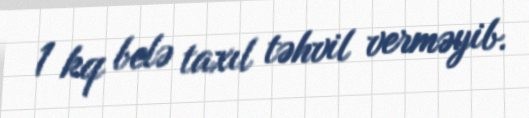
1 kq belə taxıl təhvil verməyib.